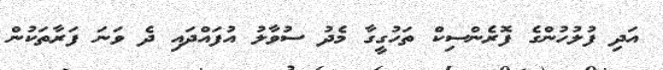
އަދި ފުލުހުންގެ ފޮރެންސިކް ތަހުގީގާ މެދު ސުވާލު އުފައްދައި ދެ ވަނަ ފަރާތަކުން